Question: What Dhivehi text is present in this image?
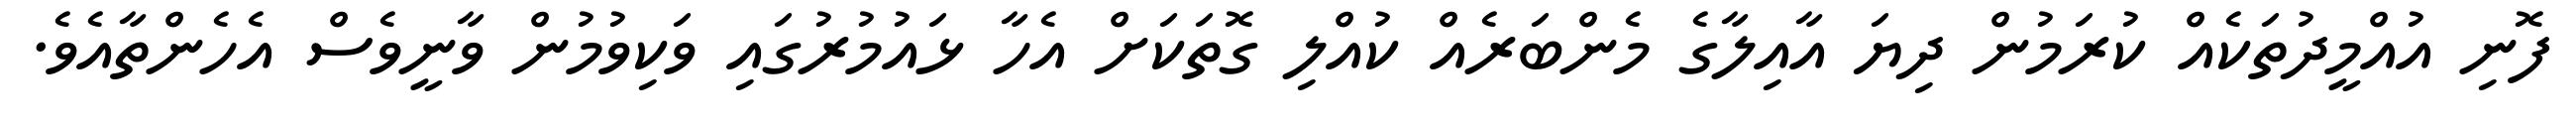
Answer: ފޮނި އުއްމީދުތަކެއް ކުރަމުން ދިޔަ އާއިލާގެ މެންބަރެއް ކުއްލި ގޮތަކަށް އެހާ ޅައުމުރުގައި ވަކިވުމުން ވާނީވެސް އެހެންތާއެވެ.